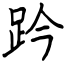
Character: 趻